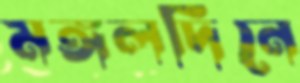
মঙ্গলদিনে